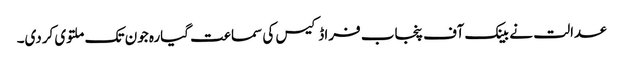
عدالت نے بینک آف پنجاب فراڈکیس کی سماعت گیارہ جون تک ملتوی کردی۔